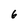
Character: 6